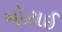
મોટાઈ